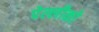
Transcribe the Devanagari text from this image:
पेल्लीको